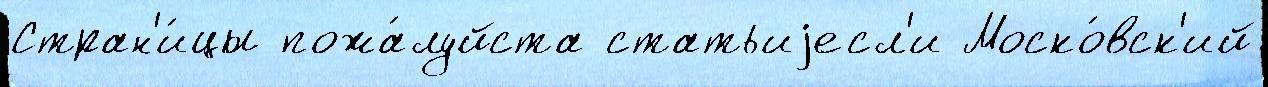
Стран'и́цы пожа́луйста статьиjесл'и Моско́вск'ий